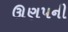
ઊણપની